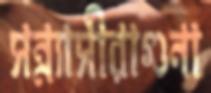
সন্ন্যাসীরাগুনা